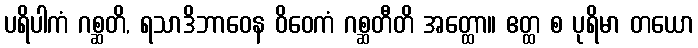
ပရိပါကံ ဂစ္ဆတိ, ရသာဒိဘာဝေန ဝိဝေကံ ဂစ္ဆတီတိ အတ္ထော။ ဧတ္ထ စ ပုရိမာ တယော